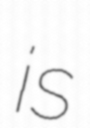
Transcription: is